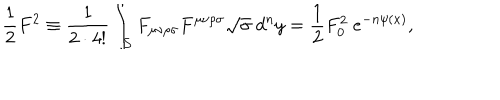
{ \frac { 1 } { 2 } } F ^ { 2 } \equiv { \frac { 1 } { 2 \cdot 4 ! } } \int _ { { \cal S } } F _ { \mu \nu \rho \sigma } F ^ { \mu \nu \rho \sigma } \sqrt { \sigma } \ d ^ { n } y = { \frac { 1 } { 2 } } F _ { 0 } ^ { 2 } \ e ^ { - n \psi ( x ) } ,